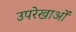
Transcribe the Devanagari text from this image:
उपरेखाओं